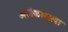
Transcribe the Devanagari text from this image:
अलंकाराला